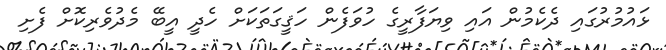
ޅައުމުރުގައި ދެކެމުން އައި ވިޔަފާރީގެ ހުވަފެން ހަޤީގަތަކަށް ހެދީ އީބޭ މެދުވެރިކޮށް ފެށި